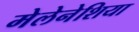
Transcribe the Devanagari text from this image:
मेलेनेशिया